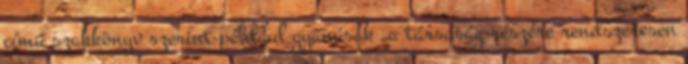
című szakkönyv szerint például gyanúsak „a társaság részére rendszeresen